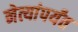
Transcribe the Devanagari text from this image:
नेत्यांपर्यंत